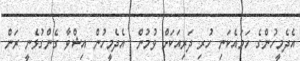
އެދެމީހުންގެ ހަމައެކަނި ހުރި ދަރިއަކަށް ވުމުން  އެދެމީހުން އިޝްވާ ގެންގުޅެނީ ރަން